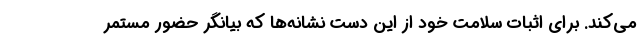
می‌کند. برای اثبات سلامت خود از این دست نشانه‌ها که بیانگر حضور مستمر